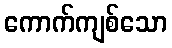
ကောက်ကျစ်သော